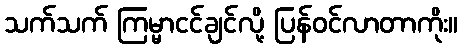
သက်သက် ကြမ္မာငင်ချင်လို့ ပြန်ဝင်လာတာကိုး။